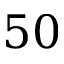
5 0